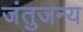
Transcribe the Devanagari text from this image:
जंतुजन्य